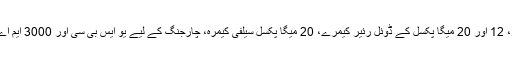
اسنیپ ڈراگون 660 پراسیسر، 12 اور 20 میگا پکسل کے ڈوئل رئیر کیمرے، 20 میگا پکسل سیلفی کیمرہ، چارجنگ کے لیے یو ایس بی سی اور 3000 ایم اے ایچ بیٹری نمایاں فیچرز ہیں۔